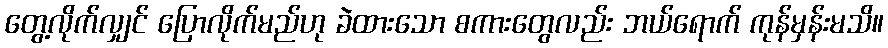
တွေ့လိုက်လျှင် ပြောလိုက်မည်ဟု ခဲထားသော စကားတွေလည်း ဘယ်ရောက် ကုန်မှန်းမသိ။